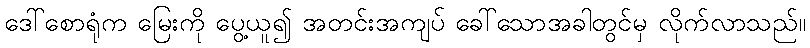
ဒေါ်စောရုံက မြေးကို ပွေ့ယူ၍ အတင်းအကျပ် ခေါ်သောအခါတွင်မှ လိုက်လာသည်။